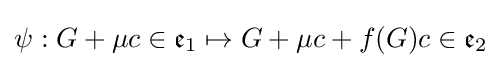
\psi :G+\mu c\in {\mathfrak {e}}_{1}\mapsto G+\mu c+f(G)c\in {\mathfrak {e}}_{2}